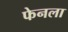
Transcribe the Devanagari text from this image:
फेनला